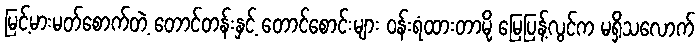
မြင့်မားမတ်စောက်တဲ့ တောင်တန်းနှင့် တောင်စောင်းများ ဝန်းရံထားတာမို့ မြေပြန့်လွင်က မရှိသလောက်